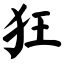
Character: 狂